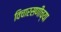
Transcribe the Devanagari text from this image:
विचारसणीच्या